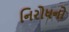
નિરોધનો